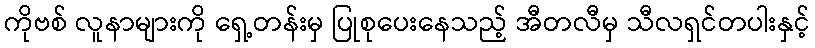
ကိုဗစ် လူနာများကို ရှေ့တန်းမှ ပြုစုပေးနေသည့် အီတလီမှ သီလရှင်တပါးနှင့်